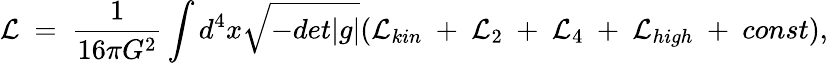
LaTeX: {\cal L}~=~{\frac{1}{16\pi G^{2}}}\int d^{4}x\sqrt{-det|g|}({\cal L}_{kin}~+~{\cal L}_{2}~+~{\cal L}_{4}~+~{\cal L}_{high}~+~const),